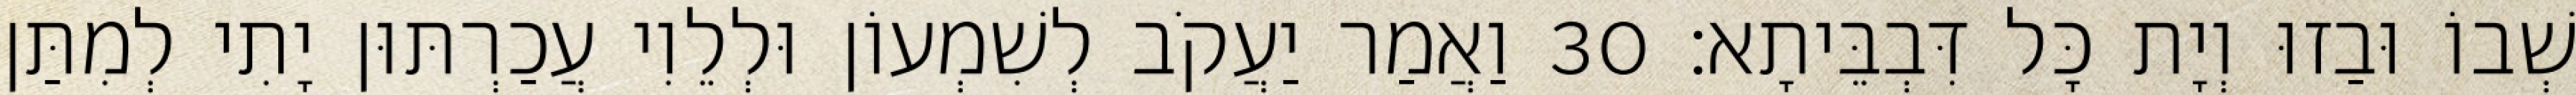
שְׁבוֹ וּבַזוּ וְיָת כָּל דִּבְבֵּיתָא׃ 30 וַאֲמַר יַעֲקֹב לְשִׁמְעוֹן וּלְלֵוִי עֲכַרְתּוּן יָתִי לְמִתַּן